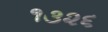
૧૩૨૬